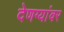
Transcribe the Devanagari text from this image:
देणग्यांवर